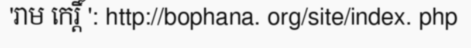
'រាម កេរ្តិ៍ ': http://bophana. org/site/index. php